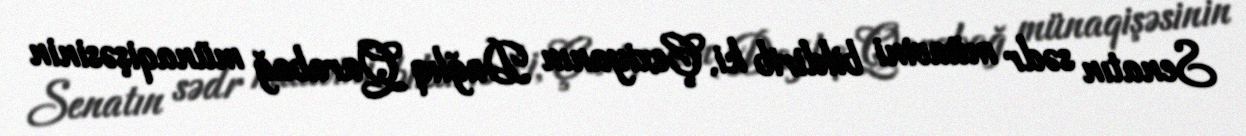
Senatın sədr müavini bildirib ki, Çexiyanın Dağlıq Qarabağ münaqişəsinin